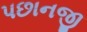
પછાનજી